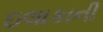
ઇલાકાની